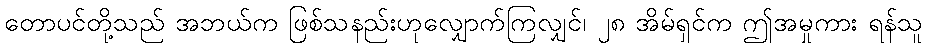
တောပင်တို့သည် အဘယ်က ဖြစ်သနည်းဟုလျှောက်ကြလျှင်၊ ၂၈ အိမ်ရှင်က ဤအမှုကား ရန်သူ